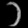
Digit: ၁